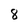
Character: 8